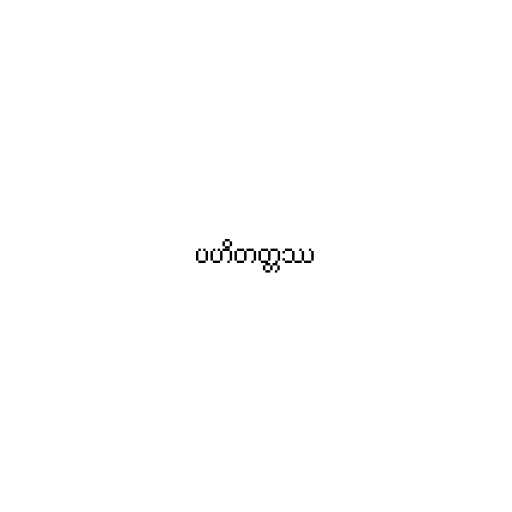
ပဟိတတ္တဿ